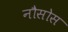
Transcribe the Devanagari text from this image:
नौसोस